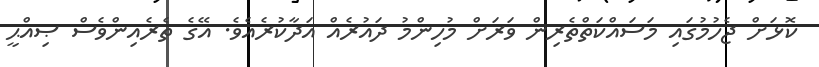
ކޮޅަށް ޖެހުމުގައި މަސައްކަތްތެރިން ވަރަށް މުހިންމު ދައުރެއް އަދާކުރެއެވެ. އޭގެ ތެރެއިންވެސް ޞިއްޙީ